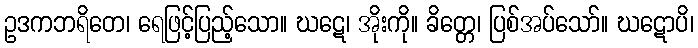
ဥဒကဘရိတေ၊ ရေဖြင့်ပြည့်သော။ ဃဋေ၊ အိုးကို။ ခိတ္တေ၊ ပြစ်အပ်သော်။ ဃဋောပိ၊